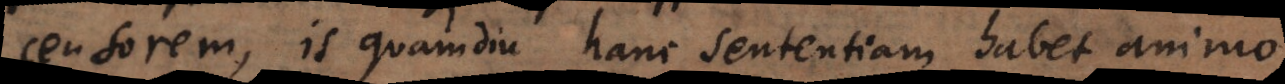
censorem, is quamdiu hanc sententiam habet animo